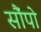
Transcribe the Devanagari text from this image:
सौंपो